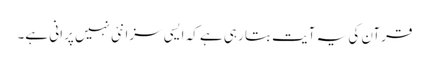
قرآن کی یہ آیت بتا رہی ہے کہ ایسی سزا نئی نہیں پرانی ہے۔